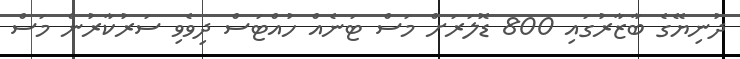
ދުނިޔޭގެ ބާޒާރުގައި 800 ޑޮލަރަށް މަސް ޓަނެއް ހުއްޓަސް ދިވެވި ސަރުކާރުން މަސް